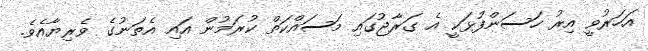
އަހަރުވީ އިރު ހަސަންފުޅަކީ އެ ގަރާޖުގައި މަސައްކަތް ކުރަމުން އައި އެތަނުގެ ވެރިޔާއެވެ.